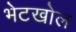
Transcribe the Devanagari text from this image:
भेटखोल